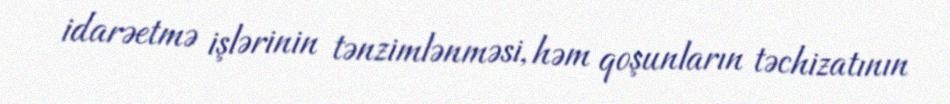
idarəetmə işlərinin tənzimlənməsi, həm qoşunların təchizatının